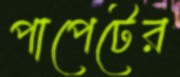
পাপেটের